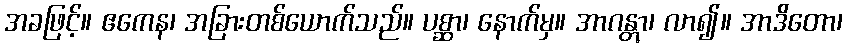
အခဖြင့်။ ဧကေန၊ အခြားတစ်ယောက်သည်။ ပစ္ဆာ၊ နောက်မှ။ အာဂန္တွာ၊ လာ၍။ အာဒိတော၊